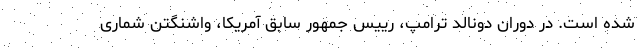
شده است. در دوران دونالد ترامپ، رییس جمهور سابق آمریکا، واشنگتن شماری